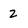
Character: 2